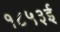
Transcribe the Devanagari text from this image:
१८५३ई